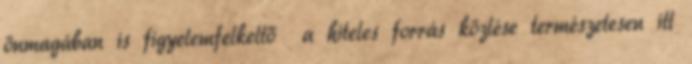
önmagában is figyelemfelkeltő a hiteles forrás közlése természetesen itt